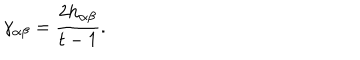
\gamma _ { \alpha \beta } = \frac { 2 h _ { \alpha \beta } } { t - 1 } .